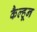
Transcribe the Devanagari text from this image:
कैल्हून